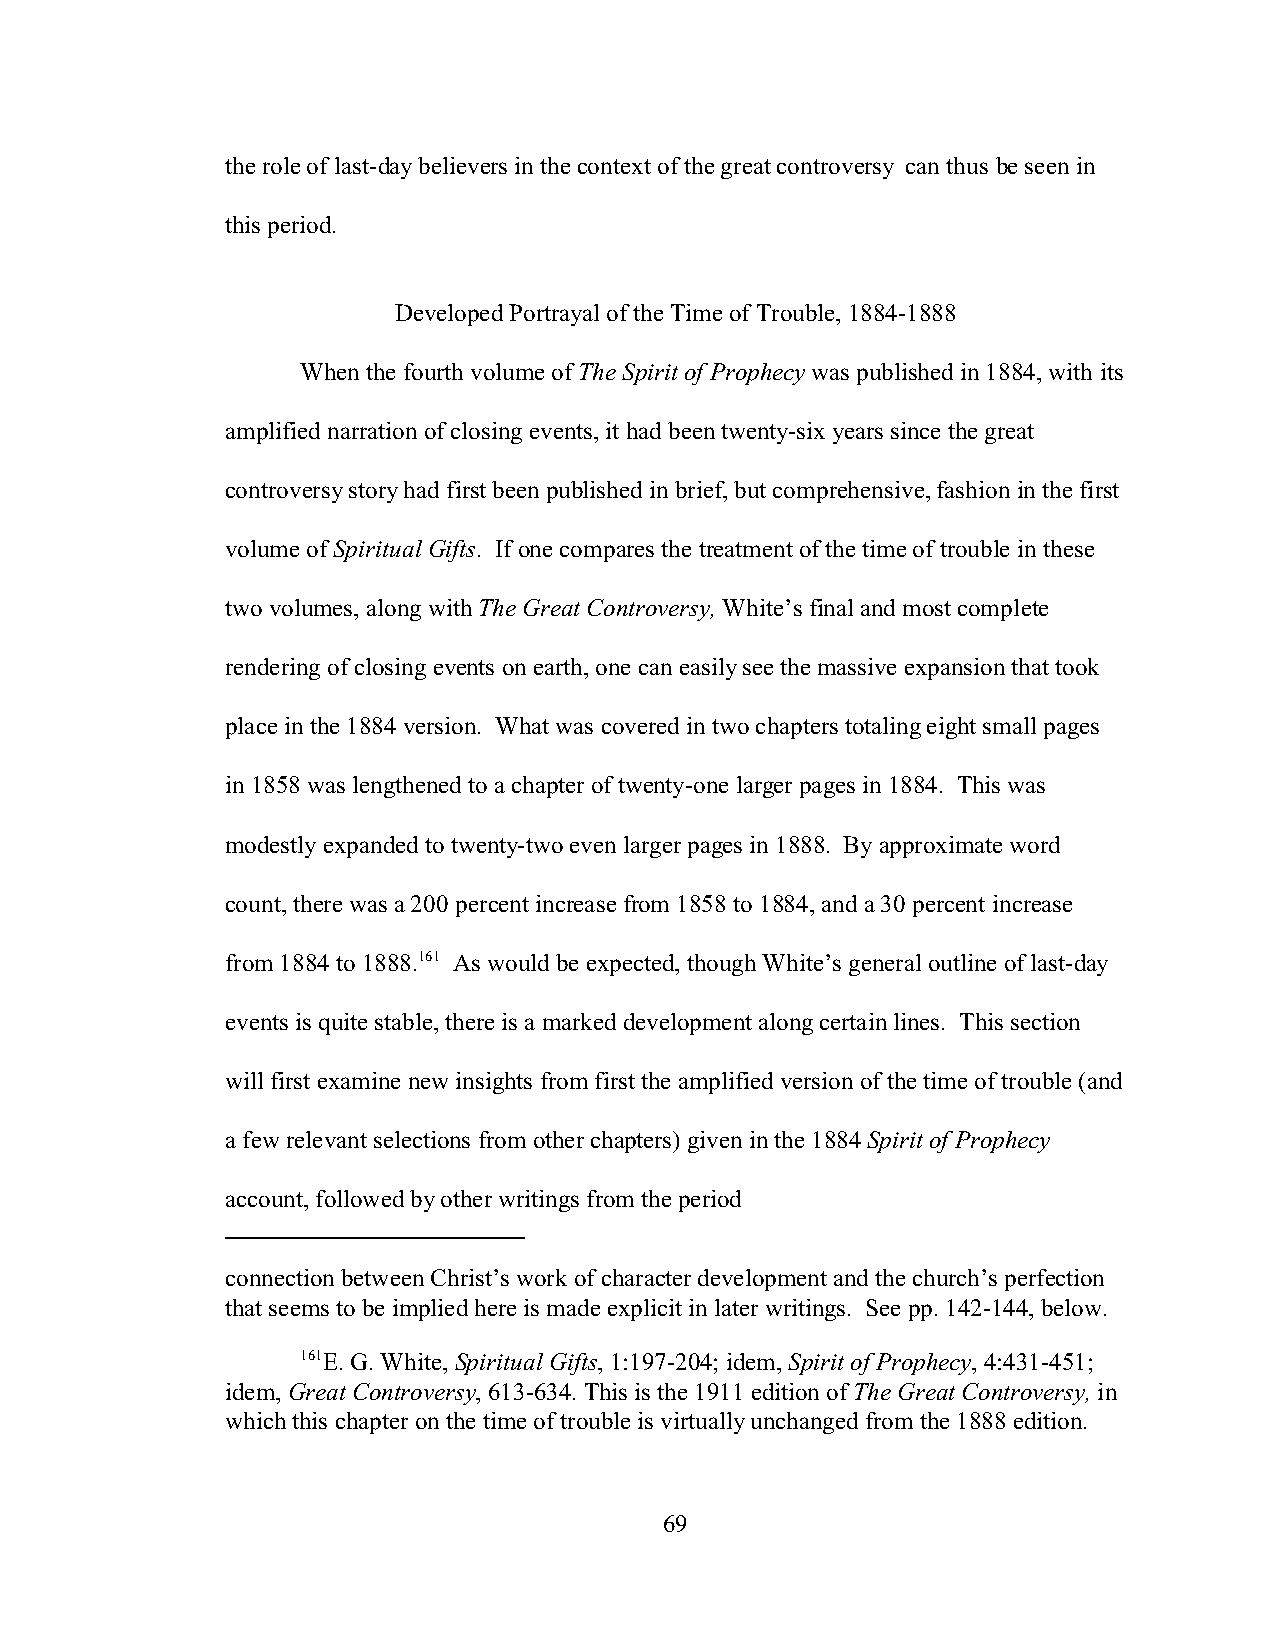
the role of last-day believers in the context of the great controversy can thus be seen in
 this period.
 Developed Portrayal of the Time of Trouble, 1884-1888
 When the fourth volume of The Spirit of Prophecy was published in 1884, with its
 amplified narration of closing events, it had been twenty-six years since the great
 controversy story had first been published in brief, but comprehensive, fashion in the first
 volume of Spiritual Gifts. If one compares the treatment of the time of trouble in these
 two volumes, along with The Great Controversy, White’s final and most complete
 rendering of closing events on earth, one can easily see the massive expansion that took
 place in the 1884 version. What was covered in two chapters totaling eight small pages
 in 1858 was lengthened to a chapter of twenty-one larger pages in 1884. This was
 modestly expanded to twenty-two even larger pages in 1888. By approximate word
 count, there was a 200 percent increase from 1858 to 1884, and a 30 percent increase
 from 1884 to 1888.161 As would be expected, though White’s general outline of last-day
 events is quite stable, there is a marked development along certain lines. This section
 will first examine new insights from first the amplified version of the time of trouble (and
 a few relevant selections from other chapters) given in the 1884 Spirit of Prophecy
 account, followed by other writings from the period
 connection between Christ’s work of character development and the church’s perfection
 that seems to be implied here is made explicit in later writings. See pp. 142-144, below.
 161E. G. White, Spiritual Gifts, 1:197-204; idem, Spirit of Prophecy, 4:431-451;
 idem, Great Controversy, 613-634. This is the 1911 edition of The Great Controversy, in
 which this chapter on the time of trouble is virtually unchanged from the 1888 edition.
 69